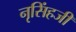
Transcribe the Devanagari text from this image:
नृसिंहजी